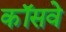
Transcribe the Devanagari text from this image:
कॉसवे